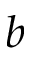
b